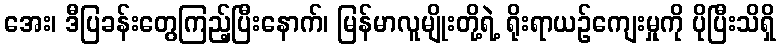
အေး၊ ဒီပြခန်းတွေကြည့်ပြီးနောက်၊ မြန်မာလူမျိုးတို့ရဲ့ ရိုးရာယဉ်ကျေးမှုကို ပိုပြီးသိရှိ